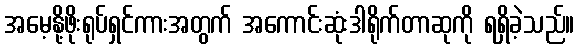
အမေ့နို့ဖိုးရုပ်ရှင်ကားအတွက် အကောင်းဆုံးဒါရိုက်တာဆုကို ရရှိခဲ့သည်။